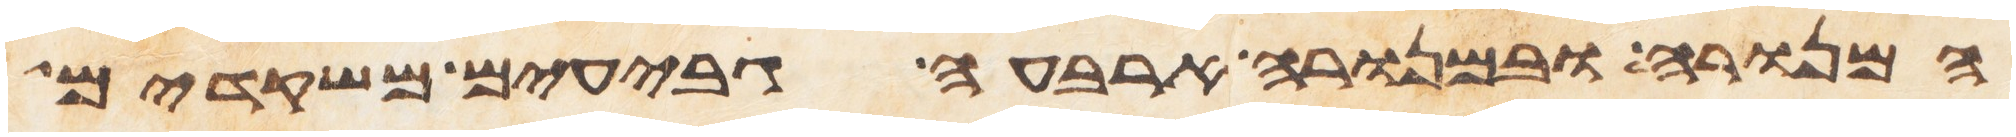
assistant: המנורה ובמנורה ארבעה גבעים משקדים